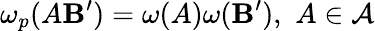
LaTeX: \omega_{p}(A\mathbf{B}^{\prime})=\omega(A)\omega(\mathbf{B}^{\prime}),\, \, A\in\mathcal{{A}}